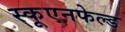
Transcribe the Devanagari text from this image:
स्कूएनफेल्ड